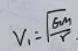
v _ { 1 } = \sqrt { \frac { G m } { r } } .